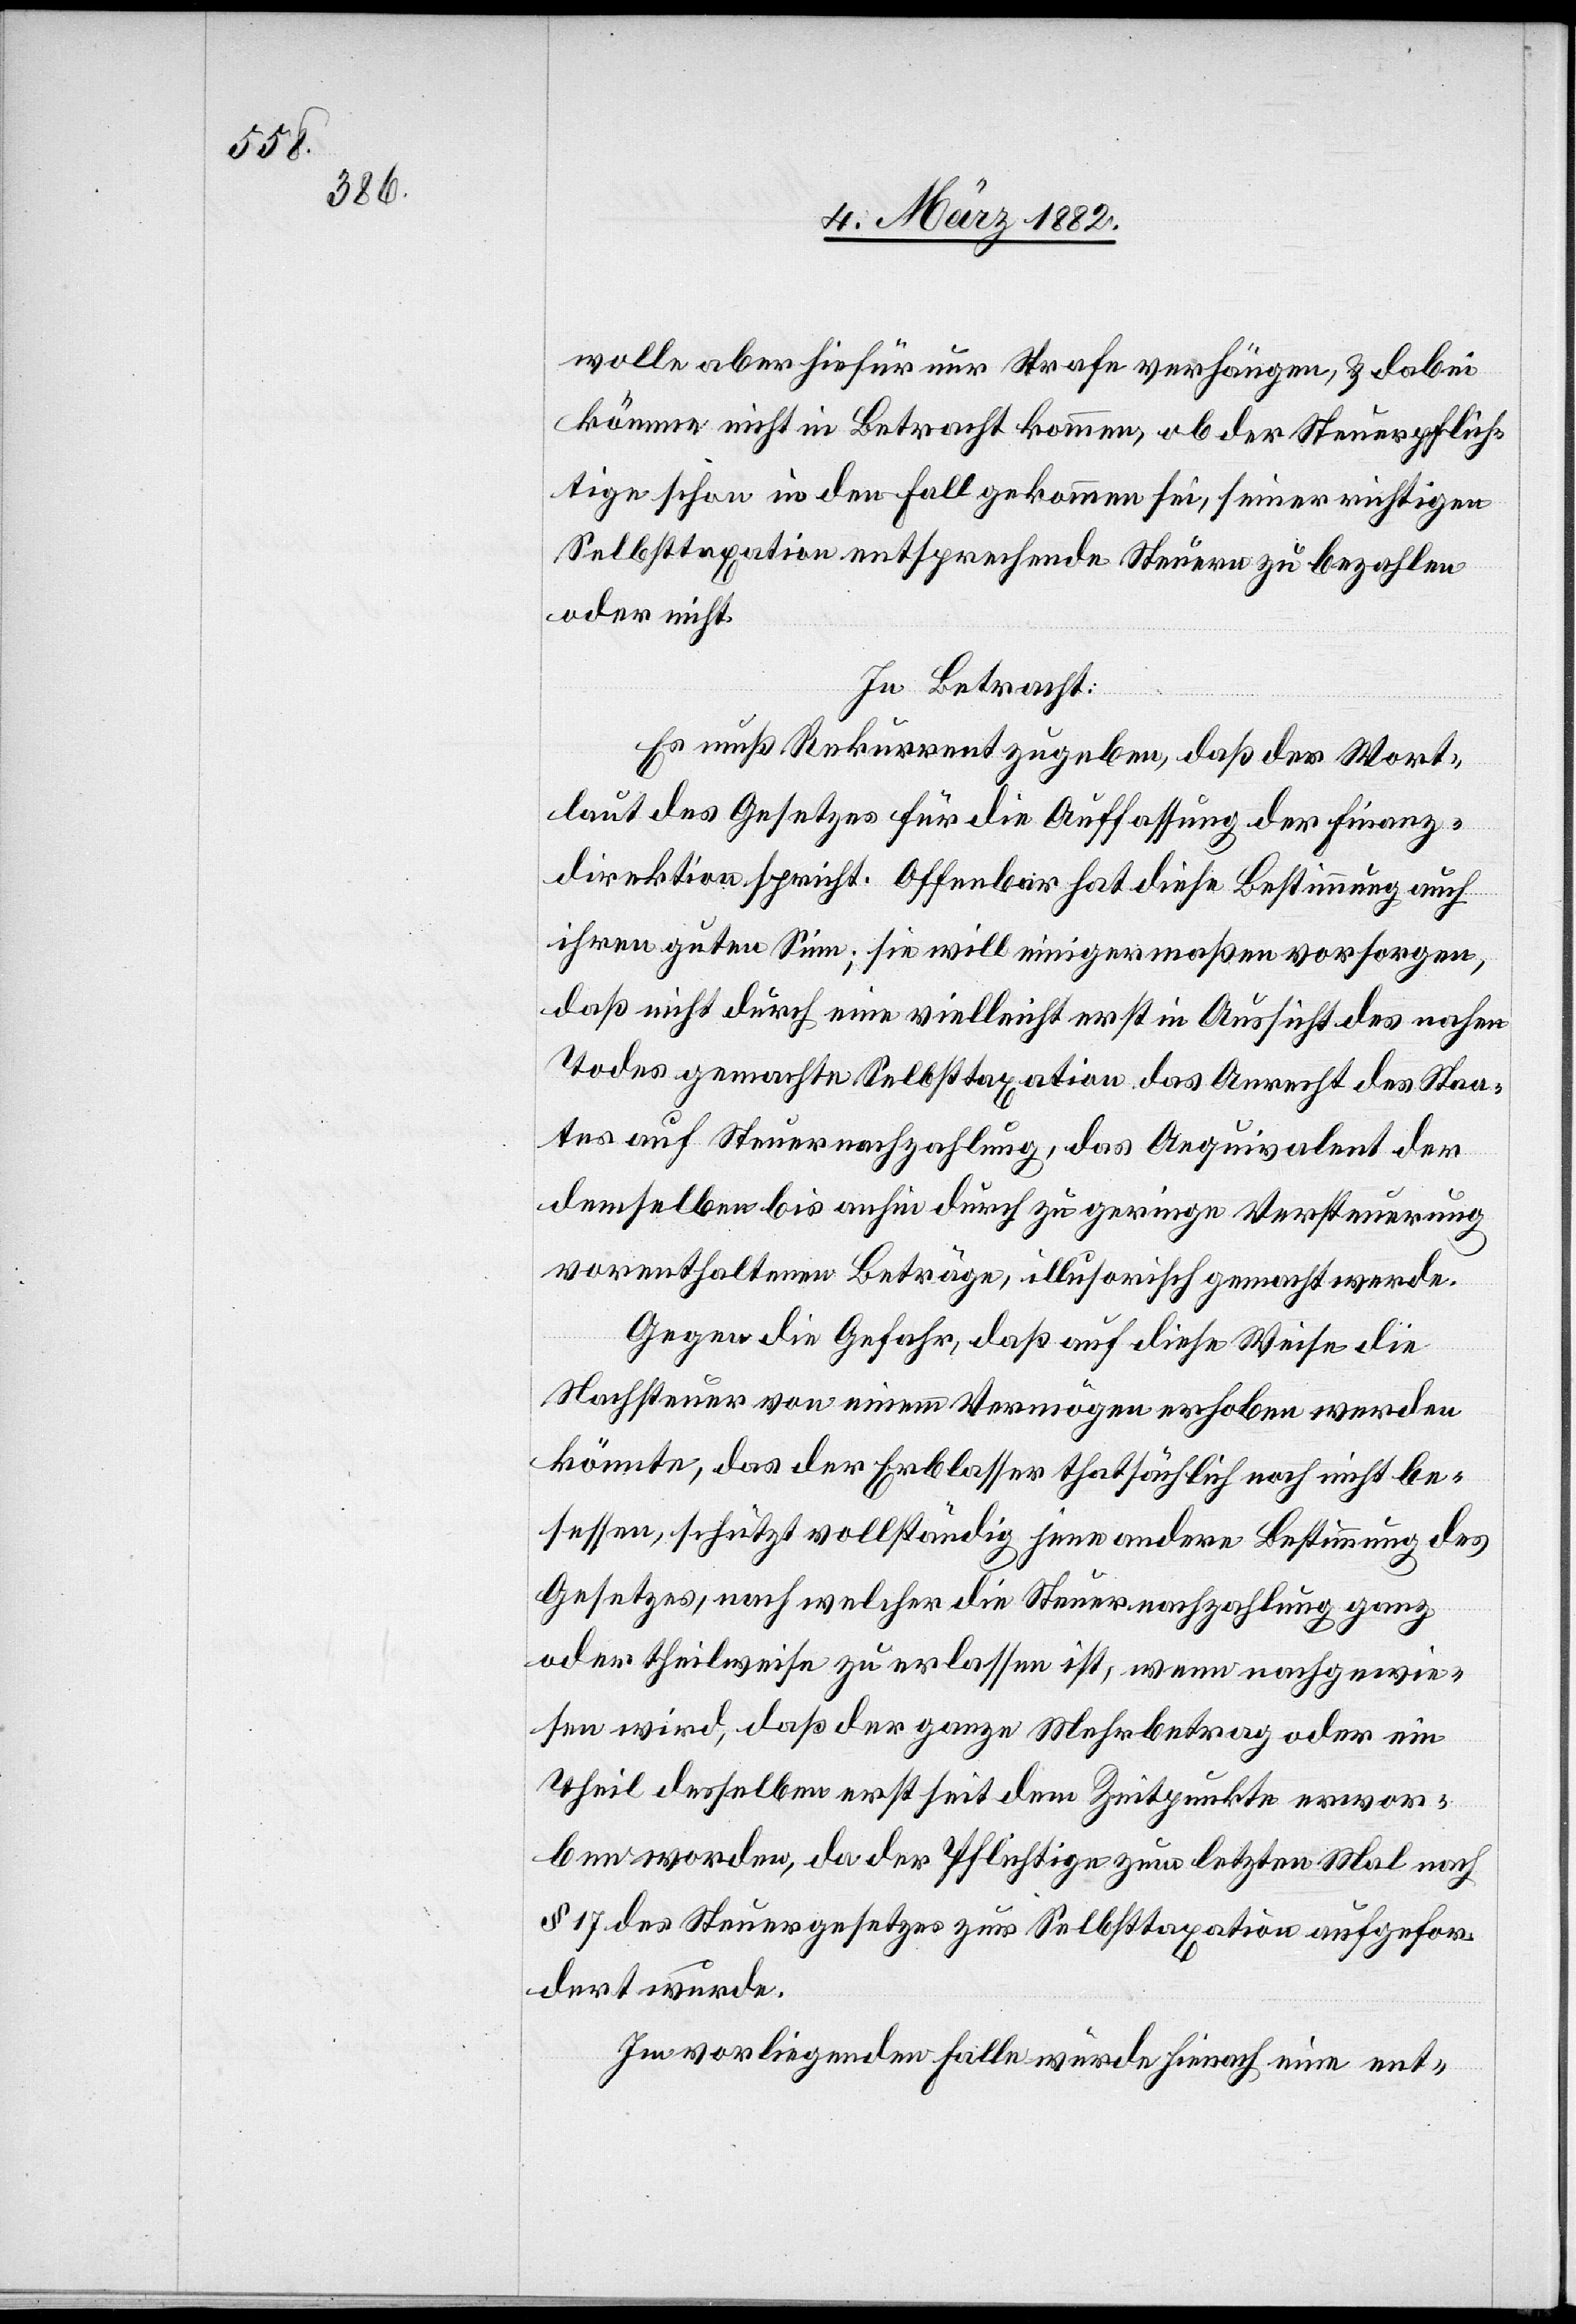
wolle aber hiefür nur Strafe verhängen, & dabei
könne nicht in Betracht kommen, ob der Steuerpflich¬
tige schon in den Fall gekommen sei, seiner richtigen
Selbsttaxation entsprechende Steuern zu bezahlen
oder nicht.
In Betracht:
Es muß Rekurrent zugeben, daß der Wort¬
laut des Gesetzes für die Auffassung der Finanz¬
direktion spricht. Offenbar hat diese Bestimmung auch
ihren guten Sinn; sie will einigermaßen vorsorgen,
daß nicht durch eine vielleicht erst in Aussicht des nahen
Todes gemachte Selbsttaxation das Anrecht des Staa¬
tes auf Steuernachzahlung, das Aequivalent der
demselben bis anhin durch zu geringe Versteuerung
vorenthaltenen Beträge, illusorisch gemacht werde.
Gegen die Gefahr, daß auf diese Weise die
Nachsteuer von einem Vermögen erhoben werden
könnte, das der Erblasser thatsächlich noch nicht be¬
sessen, schützt vollständig jene andere Bestimmung des
Gesetzes, nach welcher die Steuernachzahlung ganz
oder theilweise zu erlassen ist, wenn nachgewie¬
sen wird, daß der ganze Mehrbetrag oder ein
Theil desselben erst seit dem Zeitpunkte erwor¬
ben worden, da der Pflichtige zum letzten Mal nach
§ 17 des Steuergesetzes zur Selbsttaxation aufgefor¬
dert wurde.
Im vorliegenden Falle wurde hienach eine ent-